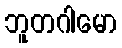
ဘူတဂါမော